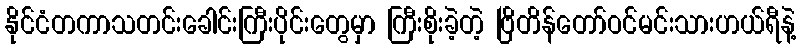
နိုင်ငံတကာသတင်းခေါင်းကြီးပိုင်းတွေမှာ ကြီးစိုးခဲ့တဲ့ ဗြိတိန်တော်ဝင်မင်းသားဟယ်ရီနဲ့